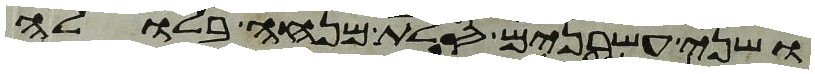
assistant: ושני עשרנים סלת מנחה בלולה